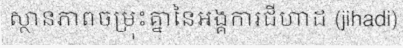
ស្ថានភាពចម្រុះគ្នានៃអង្គការជីហាដ (jihadi)